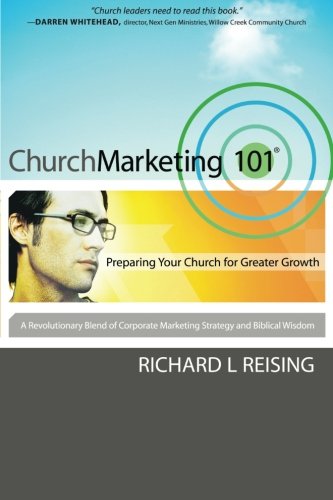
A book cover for Church Marketing 101: Preparing Your Church for Greater Growth; Richard L. Reising; Christian Books & Bibles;